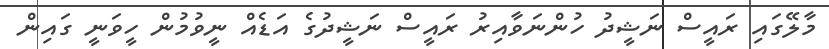
މާލޭގައި ރައީސް ނަޝީދު ހުންނަވާއިރު ރައީސް ނަޝީދުގެ އަޑެއް ނީވުމުން ހީވަނީ ގައިން